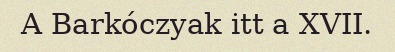
A Barkóczyak itt a XVII.